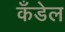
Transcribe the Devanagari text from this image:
कँडेल